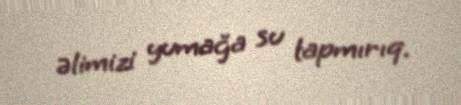
əlimizi yumağa su tapmırıq.